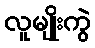
လူမျိုးကွဲ